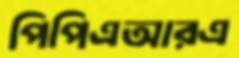
পিপিএআরএ